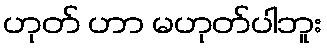
ဟုတ် ဟာ မဟုတ်ပါဘူး